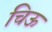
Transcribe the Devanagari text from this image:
चिऊ